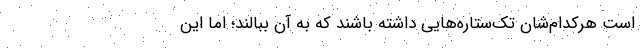
است هر‌کدام‌شان تک‌ستاره‌هایی داشته باشند که به آن ببالند؛ اما این